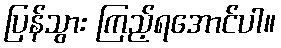
ပြန်သွား ကြည့်ရအောင်ပါ။